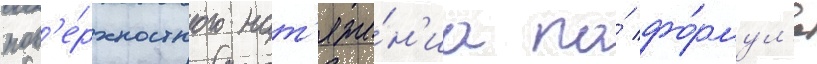
пов'е́рхностного нат'яже́н'иа по́ фо́рмул'е